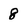
Character: 8